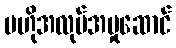
ဗဟိုအလုပ်အမှုဆောင်